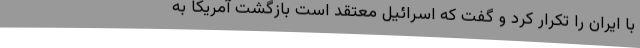
با ایران را تکرار کرد و گفت که اسرائیل معتقد است بازگشت آمریکا به